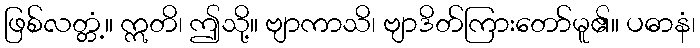
ဖြစ်လတ္တံ့။ ဣတိ၊ ဤသို့။ ဗျာကာသိ၊ ဗျာဒိတ်ကြားတော်မူ၏။ ပဓာနံ၊